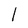
Character: l